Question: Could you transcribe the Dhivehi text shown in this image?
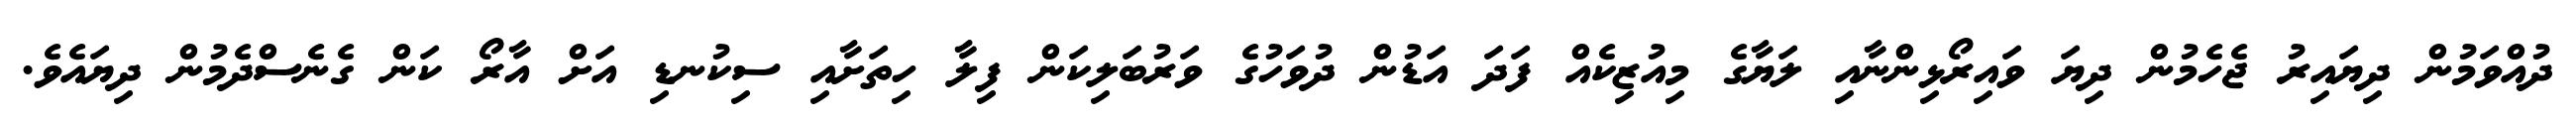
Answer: ދުއްވަމުން ދިޔައިރު ޖެހެމުން ދިޔަ ވައިރޯޅިންނާއި ލަޔާގެ މިއުޒިކެއް ފަދަ އަޑުން ދުވަހުގެ ވަރުބަލިކަން ފިލާ ހިތަށާއި ސިކުނޑި އަށް އާރޯ ކަން ގެނެސްދެމުން ދިޔައެވެ.